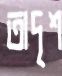
তাদৃশ